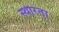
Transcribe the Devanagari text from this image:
स्थीरता